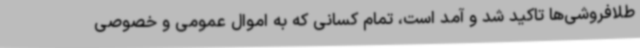
طلافروشی‌ها تاکید شد و آمد است، تمام کسانی که به اموال عمومی و خصوصی